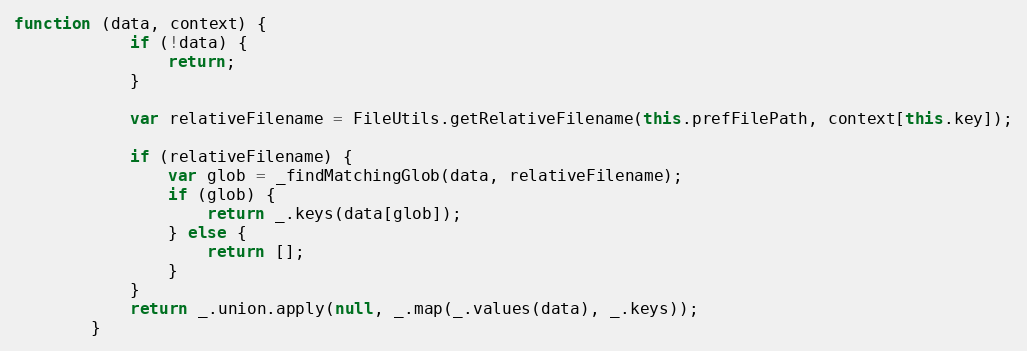
Language: JavaScript
function (data, context) {
            if (!data) {
                return;
            }

            var relativeFilename = FileUtils.getRelativeFilename(this.prefFilePath, context[this.key]);

            if (relativeFilename) {
                var glob = _findMatchingGlob(data, relativeFilename);
                if (glob) {
                    return _.keys(data[glob]);
                } else {
                    return [];
                }
            }
            return _.union.apply(null, _.map(_.values(data), _.keys));
        }